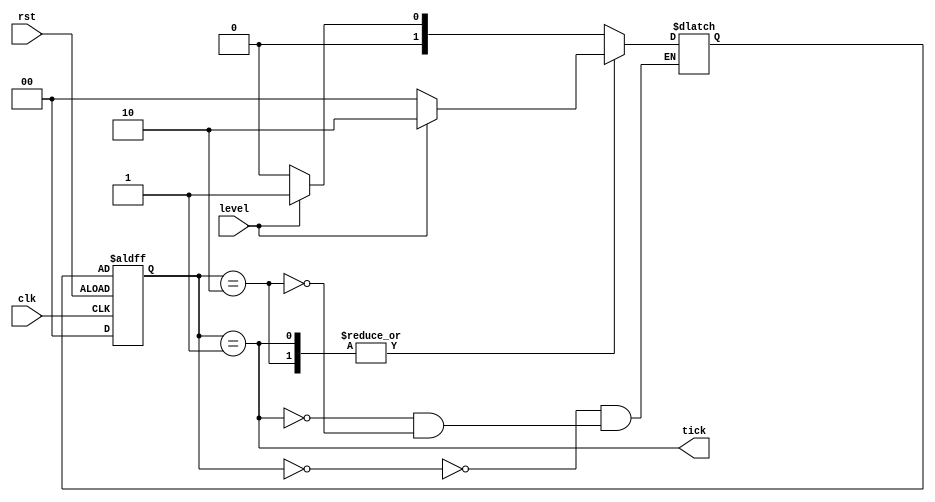
`timescale 1ns / 1ps
//////////////////////////////////////////////////////////////////////////////////
// Company: 
// Engineer: 
// 
// Design Name: 
// Module Name: edgeDetector
// Project Name: 
// Target Devices: 
// Tool Versions: 
// Description: 
// 
// Dependencies: 
// 
// Revision:
// Revision 0.01 - File Created
// Additional Comments:
// 
//////////////////////////////////////////////////////////////////////////////////


module edgeDetector(clk, rst, level, tick);
	input clk, rst, level;
	output tick;
	
	reg [1:0] state, nextState;
	
	parameter [1:0] zero = 2'b00, edg = 2'b01, one = 2'b10;
	
	always @(level or state)
		case (state)
			zero: if (level) nextState = edg;
				  else nextState = zero;
			edg: if (level) nextState = one;
				  else nextState = zero;
			one: if (level) nextState = one;
				  else nextState = zero;
		endcase
		
	always @(posedge clk or negedge rst) begin
		if(rst)
			state <= zero;
		else
			state <= nextState;
	end
	assign tick = (state == edg);
endmodule